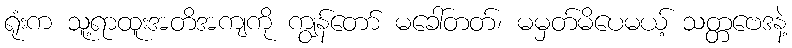
ရုံးက သူ့ရာထူးအတိအကျကို ကျွန်တော် မခေါ်တတ်၊ မမှတ်မိပေမယ့် သတ္တဗေဒနဲ့